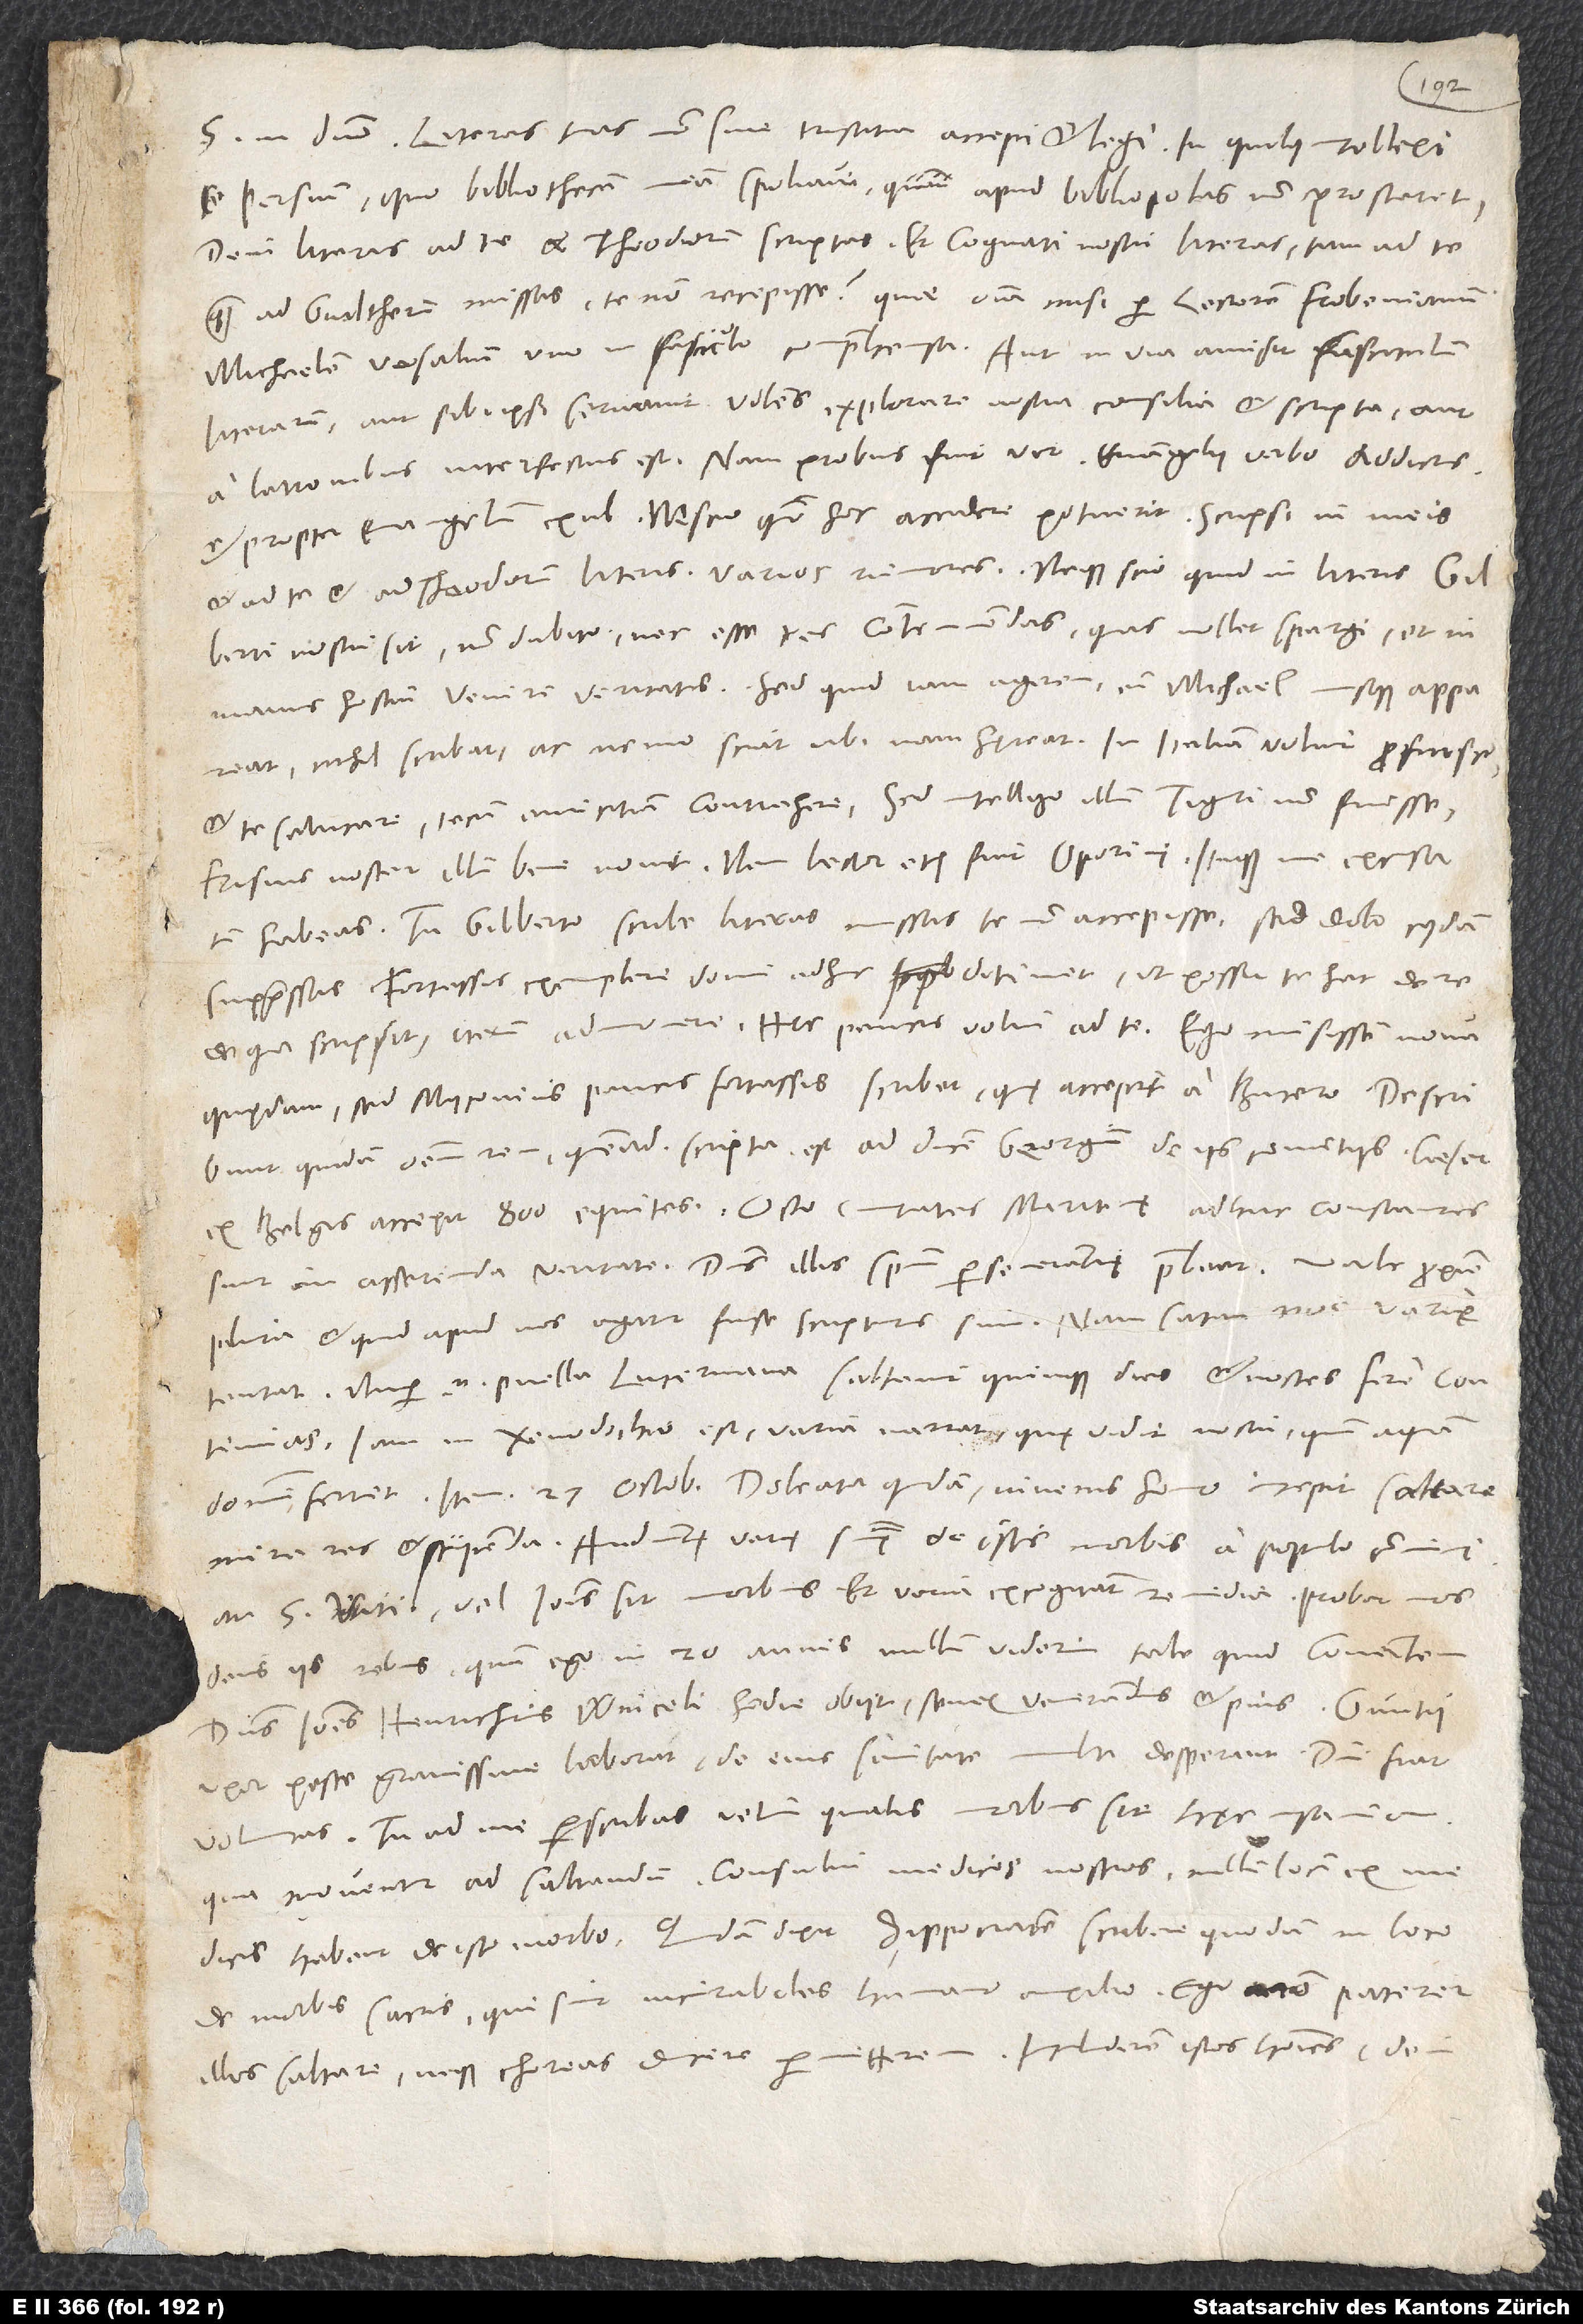
S. in domino. Literas tuas non sine tristitia accepi et legi, in quibus intellexi
te Persium, quo bibliothecam meam spoliavi, quum apud bibliopolas non prostaret,
dein literas ad te et Theodorum scriptas et Cognati nostri literas tam ad te
quam ad Gvaltherum missas te non recepisse! Quae omnia misi per lectorem Frobenianum,
Michaelem Vesalium, uno in fasciculo compr ehensa. Aut in via amisit fasciculum
literarum, aut sibi ipsi servavit volens explorare nostra consilia et scripta, aut
a latronibus interfectus est. Nam probus fuit vir, evangelii verbo addictus
et propter evangelium exul. Nescio, quomodo hoc accidere potuerit.
et ad te et ad Theodorum literis varios rumores, neque scio, quid in literis Gilberti
nostri sit. Non dubito nec esse res contemnendas, quas nollet spargi et in
manus hostium venire veritatis. Sed quid iam agerem, cum Michael nusquam appareat,
nihil scribat ac nemo sciat, ubinam hęreat. In Italiam voluit proficisci
et te salutare, tecum amicitiam contrahere, sed intelligo illum Tiguri non fuisse.
Frisius noster illum bene novit, nam lector etiam fuit Oporini. Itaque me excusatum
Tu Gilberto scribe literas missas te non accepisse, sed dolo cuiusdam
suppressas. Fortassis exemplare domi adhuc detinet, ut possit te hac de re
quędam, sed Myconius paucis fortassis scribet, quę accepit a Bucero.
quidam omnem rem, quemadmodum scripta est ad ducem Georgium de iis comitiis.
ex Belgis accepit 800 equites. Octo civitates maritimę adhuc constantes
sunt in asserenda veritate. Dominus illis spiritum perseverantię praebeat!
pluria, et quid apud nos agatur, fuse scripturus sum. Nam satan nos varie
tentat. Nuper enim puella Lucernana saltavit quinque dies et noctes fere continuas.
Iam in xenodochio est, varia narrat, quę vidit noctu, quum aquam
domum ferret. Item 27. octobris doleatur quidam iuvenis homo. Incepit saltare.
Mira res et stupenda! Audiuntur varię sententię de istis morbis a populo communi,
an s. Viti vel Ioannis sit morbus. Et varia excogitant remedia. Probat nos
deus iis rebus, quum ego in 20 annis nullum viderim tale quid conantem.
Dominus Ioannes Henrichus Winceli hodie abiit, senex venerandus et pius. Guntii
uxor peste gravissime laborat. De eius sanitate multi desperant. Domini fiat
me perscribas, velim, qualis morbus sit hęc insania,
qua moventur ad saltandum. Consului medicos nostros. Nullum locum ex
medicis habent de isto morbo. Quidam dixit Hippocratem scribere quodam in loco
de morbis sacris, qui sint incurabiles humano auxilio. Ego non paterer
illos saltare, neque choreas ducere permitterem! Includerem istos homines, dein